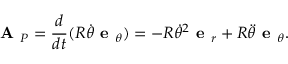
{ \textbf { A } } _ { P } = { \frac { d } { d t } } ( R { \dot { \theta } } { \textbf { e } } _ { \theta } ) = - R { \dot { \theta } } ^ { 2 } { \textbf { e } } _ { r } + R { \ddot { \theta } } { \textbf { e } } _ { \theta } .